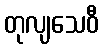
တုလျသေဝီ